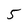
Character: 5